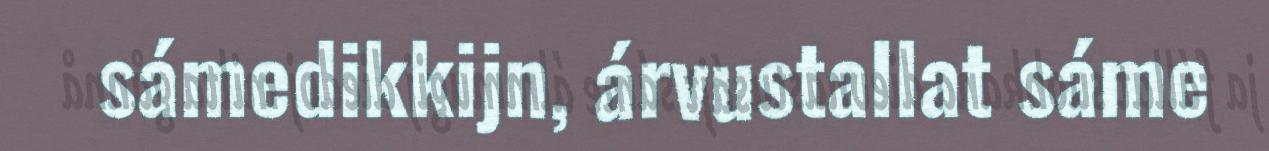
sámedikkijn, árvustallat sáme